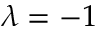
\lambda = - 1